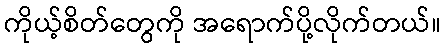
ကိုယ့်စိတ်တွေကို အရောက်ပို့လိုက်တယ်။